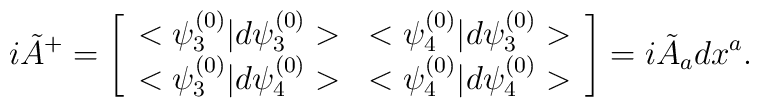
i{\tilde A}^{+}=\left [ \begin{array} {ll}<\psi^{(0)}_3|d\psi^{(0)}_3>& <\psi^{(0)}_4|d\psi^{(0)}_3> \\<\psi^{(0)}_3|d\psi^{(0)}_4>&<\psi^{(0)}_4|d\psi^{(0)}_4>\end{array} \right ]=i{\tilde A}_a dx^a .